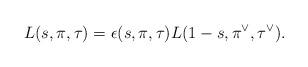
LaTeX: \begin{align*}L(s,\pi,\tau)=\epsilon(s,\pi,\tau)L(1-s,\pi^\vee,\tau^\vee).\end{align*}